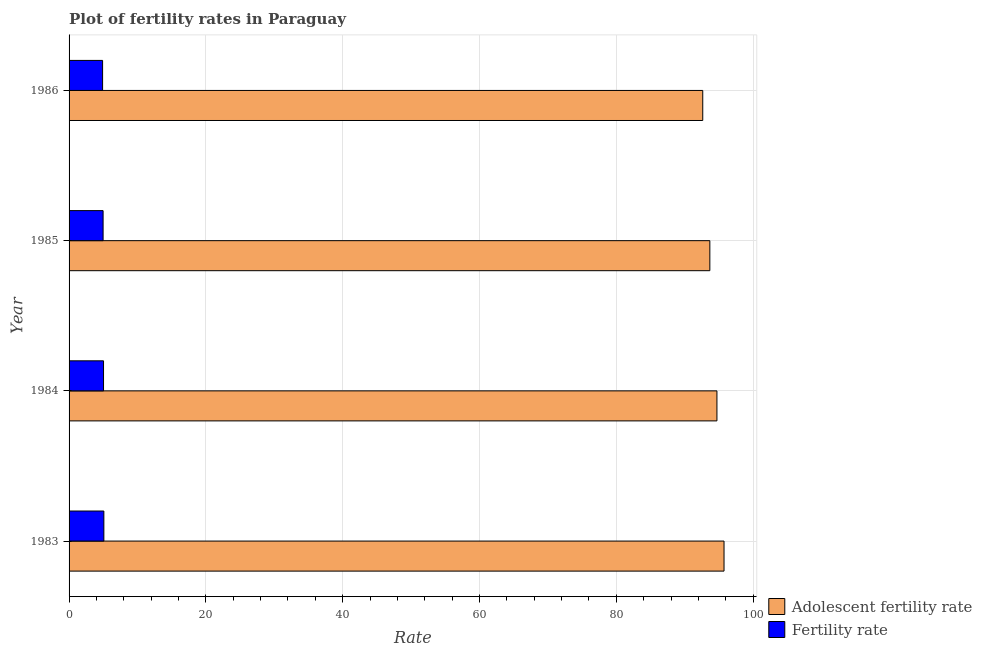
| Year | Adolescent fertility rate | Fertility rate |
 | --- | --- | --- |
 | 1983 | 95.8 | 5.09 |
 | 1984 | 94.7 | 5.04 |
 | 1985 | 93.7 | 4.97 |
 | 1986 | 92.6 | 4.9 |